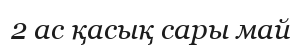
2 ас қасық сары май